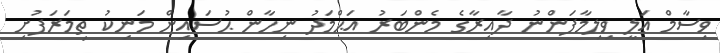
ވިސާމް ޢަލީ ވިލިމާފަންނު ދާއިރާގެ މެންބަރު އަޙްމަދު ނިހާން ޙުސައިން މަނިކު ތިމަރަފުށި